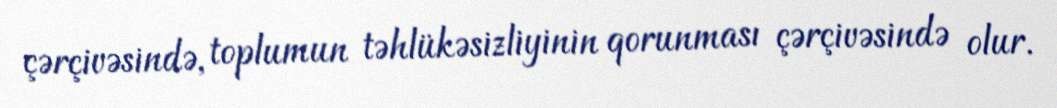
çərçivəsində, toplumun təhlükəsizliyinin qorunması çərçivəsində olur.